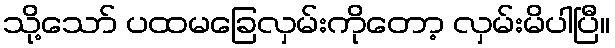
သို့သော် ပထမခြေလှမ်းကိုတော့ လှမ်းမိပါပြီ။